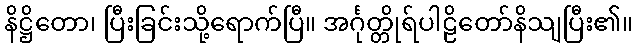
နိဋ္ဌိတော၊ ပြီးခြင်းသို့ရောက်ပြီ။ အင်္ဂုတ္တိုရ်ပါဠိတော်နိသျပြီး၏။